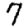
Digit: 7